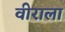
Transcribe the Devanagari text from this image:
वीराला